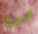
بي